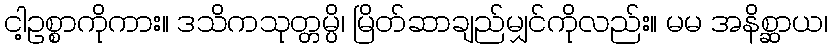
ငါ့ဥစ္စာကိုကား။ ဒသိကသုတ္တမ္ပိ၊ မြိတ်ဆာချည်မျှင်ကိုလည်း။ မမ အနိစ္ဆာယ၊